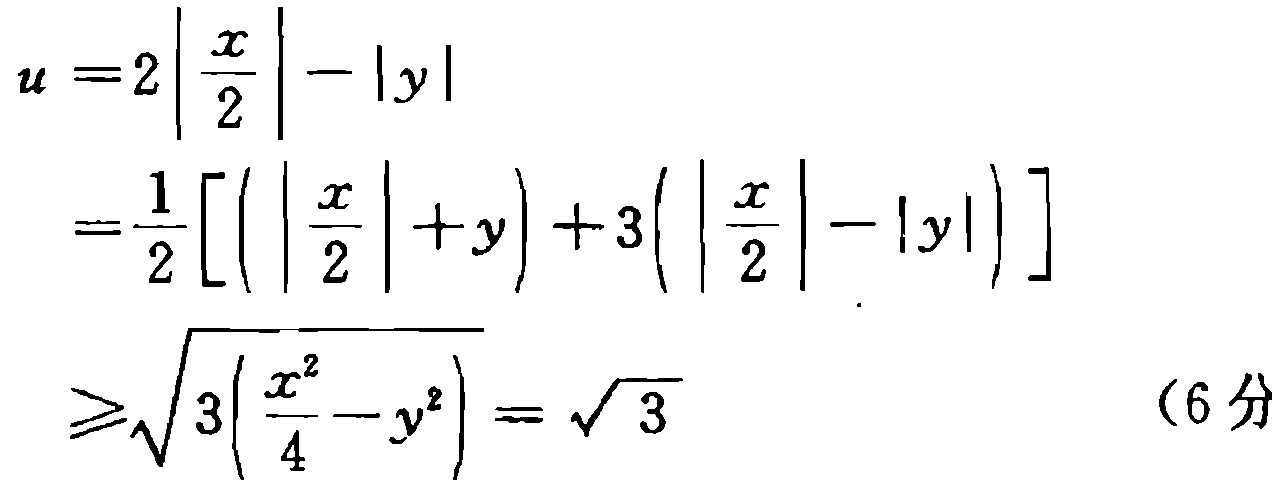
\[

\begin{align*}

u&=2\left|\frac{x}{2}\right|-|y|\\

&=\frac{1}{2}\left[\left(\left|\frac{x}{2}\right| + y\right)+3\left(\left|\frac{x}{2}\right|-|y|\right)\right]\\

&\geqslant\sqrt{3\left(\frac{x^{2}}{4}-y^{2}\right)}=\sqrt{3} \quad (6\text{分})

\end{align*}

\]